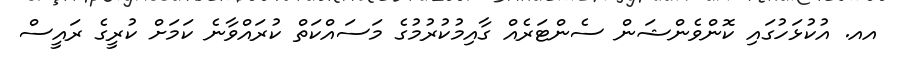
އއ. އުކުޅަހުގައި ކޮންވެންޝަން ސެންޓަރެއް ގާއިމުކުރުމުގެ މަސައްކަތް ކުރައްވާނެ ކަމަށް ކުރީގެ ރައީސް